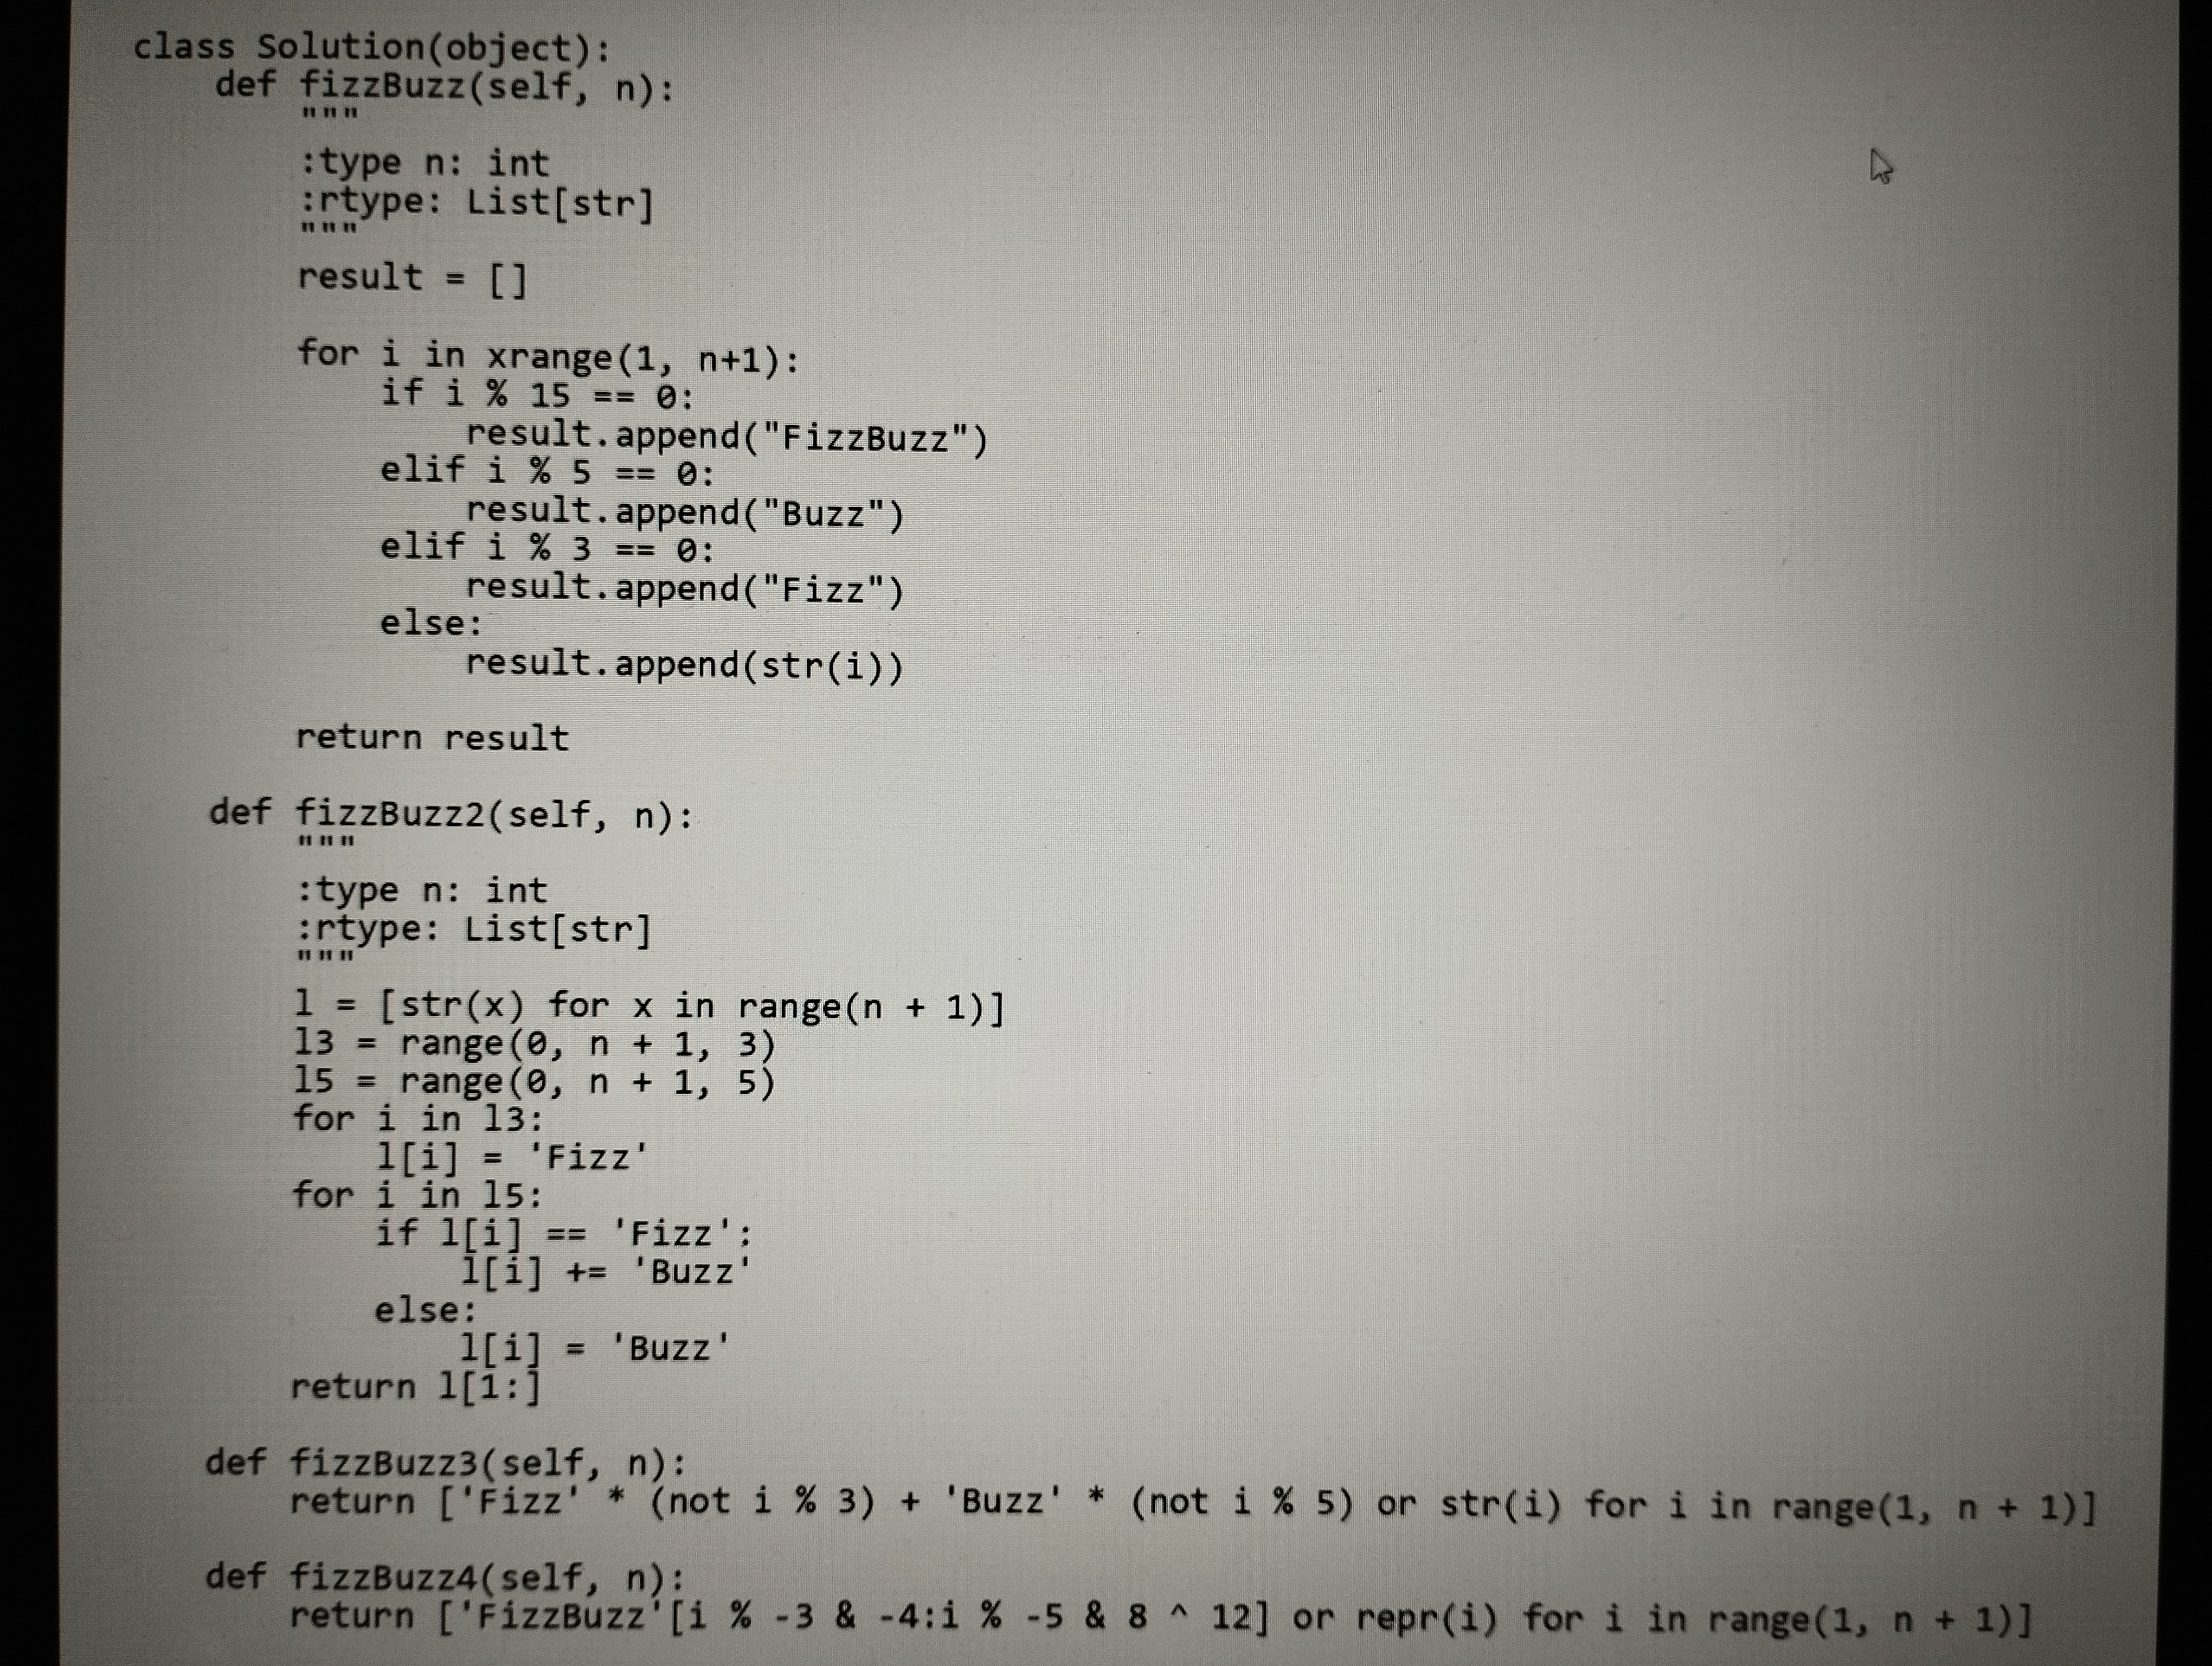
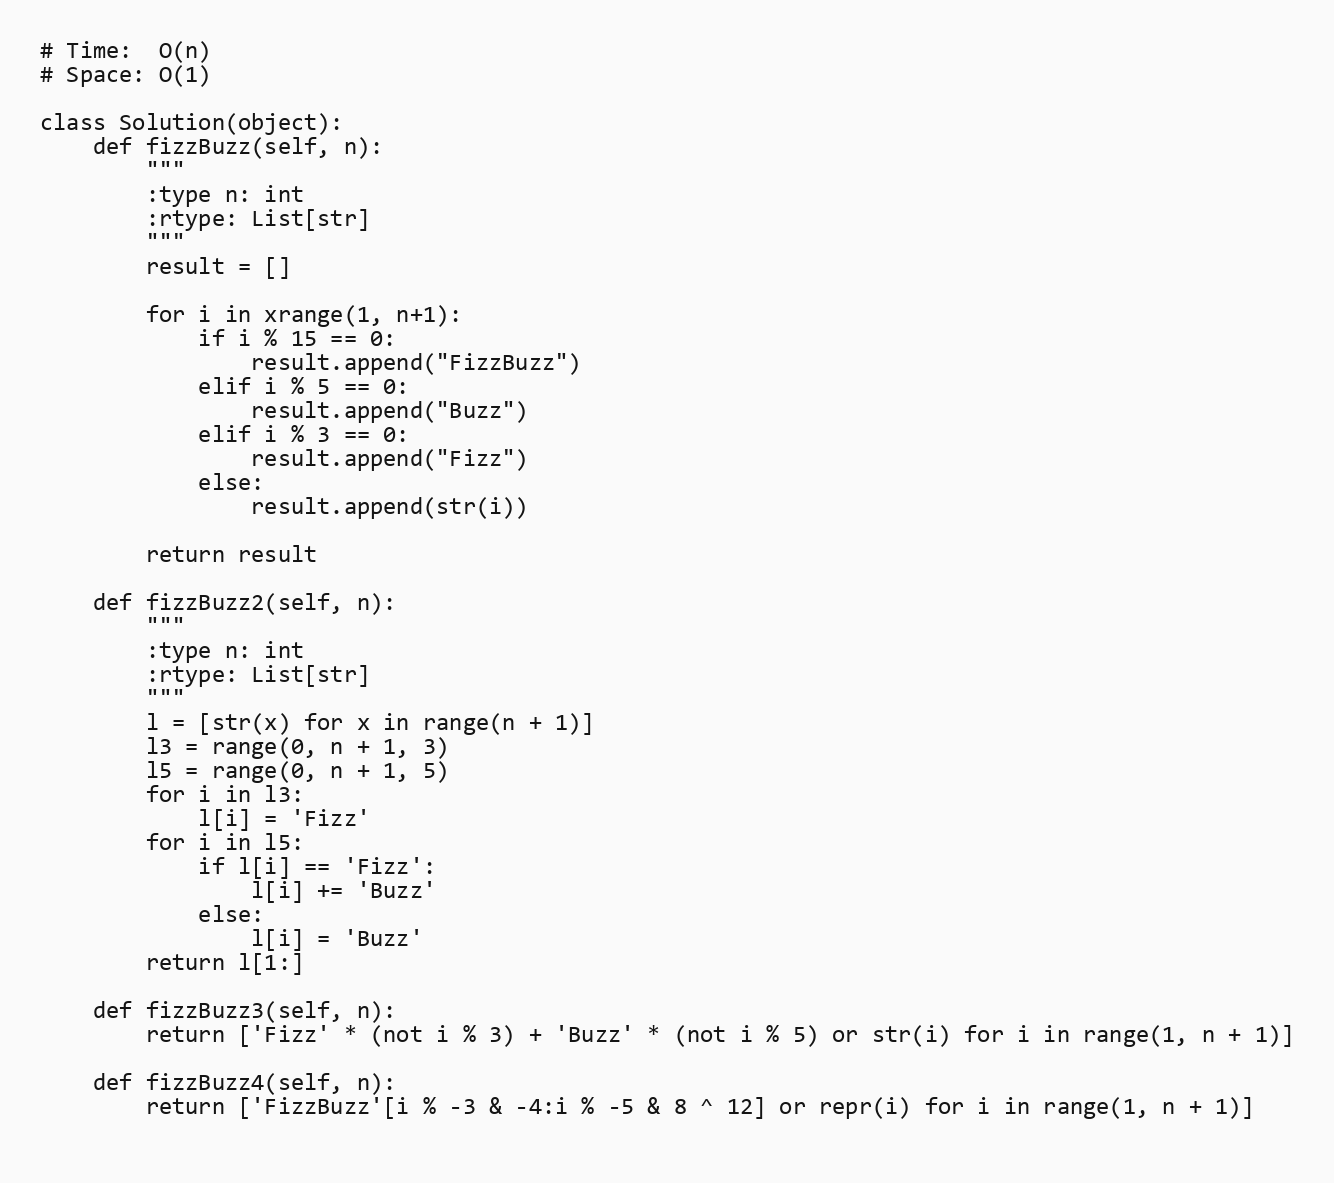
# Time:  O(n)
# Space: O(1)

class Solution(object):
    def fizzBuzz(self, n):
        """
        :type n: int
        :rtype: List[str]
        """
        result = []

        for i in xrange(1, n+1):
            if i % 15 == 0:
                result.append("FizzBuzz")
            elif i % 5 == 0:
                result.append("Buzz")
            elif i % 3 == 0:
                result.append("Fizz")
            else:
                result.append(str(i))

        return result

    def fizzBuzz2(self, n):
        """
        :type n: int
        :rtype: List[str]
        """
        l = [str(x) for x in range(n + 1)]
        l3 = range(0, n + 1, 3)
        l5 = range(0, n + 1, 5)
        for i in l3:
            l[i] = 'Fizz'
        for i in l5:
            if l[i] == 'Fizz':
                l[i] += 'Buzz'
            else:
                l[i] = 'Buzz'
        return l[1:]

    def fizzBuzz3(self, n):
        return ['Fizz' * (not i % 3) + 'Buzz' * (not i % 5) or str(i) for i in range(1, n + 1)]

    def fizzBuzz4(self, n):
        return ['FizzBuzz'[i % -3 & -4:i % -5 & 8 ^ 12] or repr(i) for i in range(1, n + 1)]